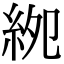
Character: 𥿎